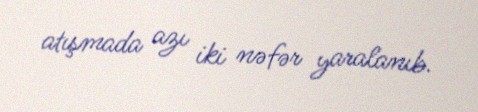
atışmada azı iki nəfər yaralanıb.